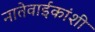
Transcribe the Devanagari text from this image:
नातेवाईकांशी